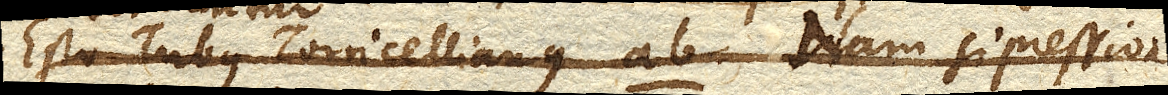
Esto Tubus Torricellianus AB. Nam si pressione